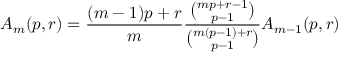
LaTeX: A _ { m } ( p , r ) = { \frac { ( m - 1 ) p + r } { m } } { \frac { \binom { m p + r - 1 } { p - 1 } } { \binom { m ( p - 1 ) + r } { p - 1 } } } A _ { m - 1 } ( p , r )